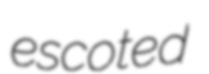
escoted